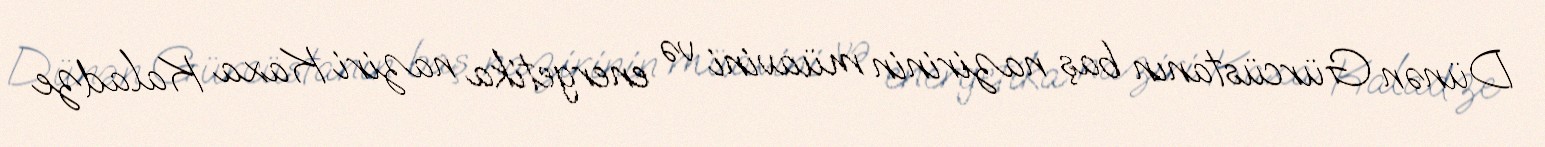
Dünən Gürcüstanın baş nazirinin müavini və energetika naziri Kaxa Kaladze